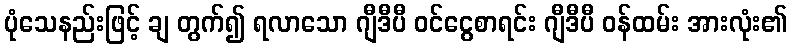
ပုံသေနည်းဖြင့် ချ တွက်၍ ရလာသော ဂျီဒီပီ ဝင်ငွေစာရင်း ဂျီဒီပီ ဝန်ထမ်း အားလုံး၏